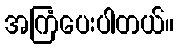
အကြံပေးပါတယ်။